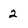
Character: 2